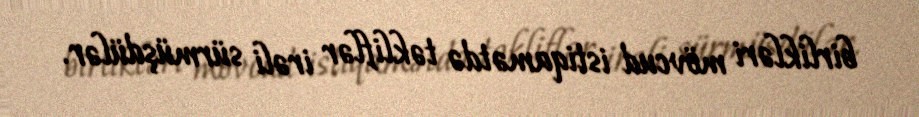
birlikləri mövcud istiqamətdə təkliflər irəli sürmüşdülər.